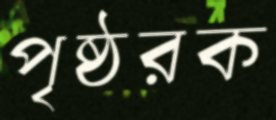
পৃষ্ঠরক